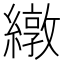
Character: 𫄃